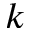
k